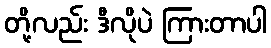
တို့လည်း ဒီလိုပဲ ကြားတာပါ